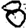
Digit: 8